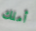
أملك